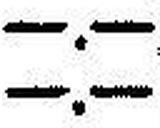
—.—